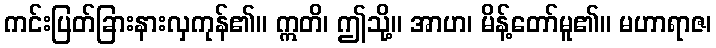
ကင်းပြတ်ခြားနားလှကုန်၏။ ဣတိ၊ ဤသို့။ အာဟ၊ မိန့်တော်မူ၏။ မဟာရာဇ၊